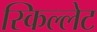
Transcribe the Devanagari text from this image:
स्किल्लेट